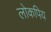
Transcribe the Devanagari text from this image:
लोकपिय